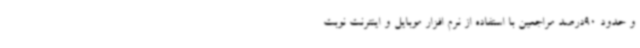
و حدود 90درصد مراجعین با استفاده از نرم افزار موبایل و اینترنت نوبت